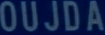
OUJDA